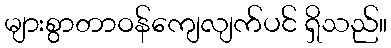
များစွာတာဝန်ကျေလျက်ပင် ရှိသည်။